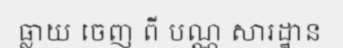
ធ្លាយ ចេញ ពី បណ្ណ សារដ្ឋាន